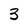
Character: 3